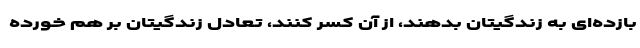
بازده‌ای به زندگیتان بدهند، از آن کسر کنند، تعادل زندگیتان بر هم خورده